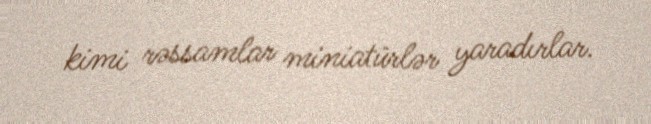
kimi rəssamlar miniatürlər yaradırlar.